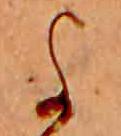
よ